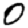
Digit: 0